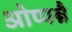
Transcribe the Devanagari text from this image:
ओप्पन्नै